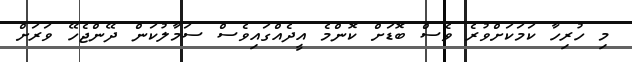
މި ހުރިހާ ކަމަކަށްވުރެ ވެސް ބޮޑަށް ކޮންމެ އީދެއްގައިވެސް ސަމާލުކަން ދޭންޖެހޭ ވަރަށް